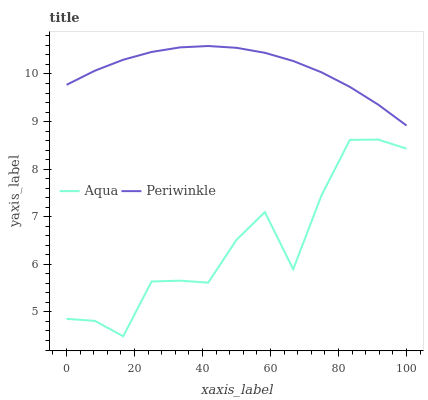
| xaxis_label | Aqua | Periwinkle |
 | --- | --- | --- |
 | 0 | 4.86 | 9.77 |
 | 8.33 | 4.81 | 10.1 |
 | 16.7 | 4.49 | 10.3 |
 | 25 | 5.64 | 10.5 |
 | 33.3 | 5.66 | 10.6 |
 | 41.7 | 5.62 | 10.6 |
 | 50 | 6.52 | 10.6 |
 | 58.3 | 7.1 | 10.4 |
 | 66.7 | 5.9 | 10.3 |
 | 75 | 7.45 | 10 |
 | 83.3 | 8.62 | 9.73 |
 | 91.7 | 8.62 | 9.36 |
 | 100 | 8.43 | 8.92 |